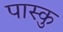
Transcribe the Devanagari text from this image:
पास्कु